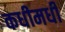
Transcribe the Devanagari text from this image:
कधीमधी